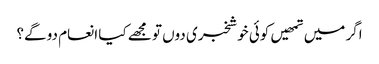
اگر میں تمھیں کوئی خوشخبری دوں تو مجھے کیا انعام دو گے؟